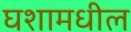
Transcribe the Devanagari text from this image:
घशामधील